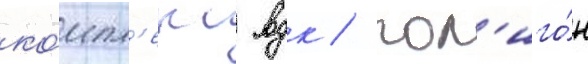
ко́мпл'екс вдк / пол'иго́н